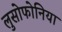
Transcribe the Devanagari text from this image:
लुसोफोनिया